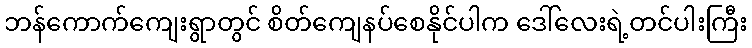
ဘန်ကောက်ကျေးရွာတွင် စိတ်ကျေနပ်စေနိုင်ပါက ဒေါ်လေးရဲ့တင်ပါးကြီး